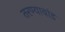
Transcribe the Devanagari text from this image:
तरण्याबांड